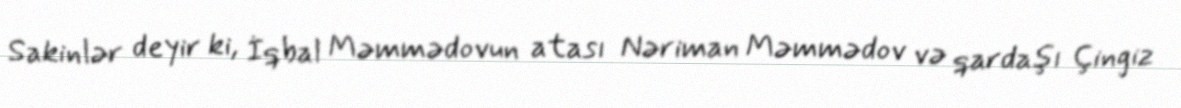
Sakinlər deyir ki, İqbal Məmmədovun atası Nəriman Məmmədov və qardaşı Çingiz